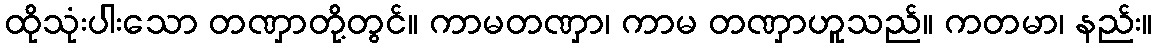
ထိုသုံးပါးသော တဏှာတို့တွင်။ ကာမတဏှာ၊ ကာမ တဏှာဟူသည်။ ကတမာ၊ နည်း။